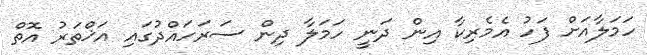
ހަމަލާއަށް ފަހު އެެމެރިކާ އިން ދަނީ ހަމަލާ ދިން ސަރަހައްދުގައި އަޚްތަރު އޮތް